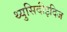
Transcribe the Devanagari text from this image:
थ्युसिदीइदिज